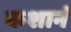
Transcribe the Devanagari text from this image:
कशानं